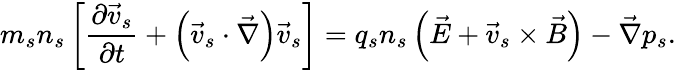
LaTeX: m_{s}n_{s}\left[\frac{\partial\vec{v}_{s}}{\partial t}+\left(\vec{v}_{s}\cdot\vec{\nabla}\right)\vec{v}_{s}\right]=q_{s}n_{s}\left(\vec{E}+\vec{v}_{s}\times\vec{B}\right)-\vec{\nabla}p_{s}.